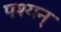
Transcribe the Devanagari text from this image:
पश्यन्‌